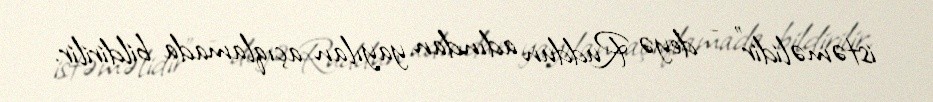
istəməlidir” - deyə Ruddun adından yayılan açıqlamada bildirilir.